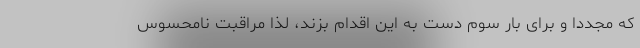
که مجددا و برای بار سوم دست به این اقدام بزند، لذا مراقبت نامحسوس